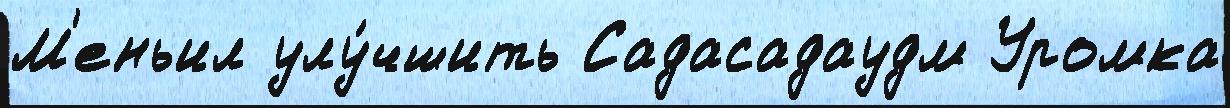
М'еньил улу́чшить Садасадаудм Уромка